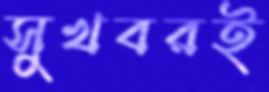
সুখবরই